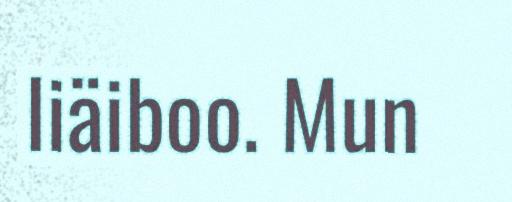
liäiboo. Mun